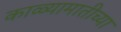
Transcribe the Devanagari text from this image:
काळ्यामातीच्या